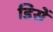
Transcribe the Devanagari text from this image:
डिसें